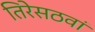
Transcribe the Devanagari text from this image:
तिरेसठवां